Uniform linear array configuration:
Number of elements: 24
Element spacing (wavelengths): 0.5
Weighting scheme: binomial
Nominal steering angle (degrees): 15
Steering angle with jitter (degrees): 15.925
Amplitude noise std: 0.05
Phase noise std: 0.05

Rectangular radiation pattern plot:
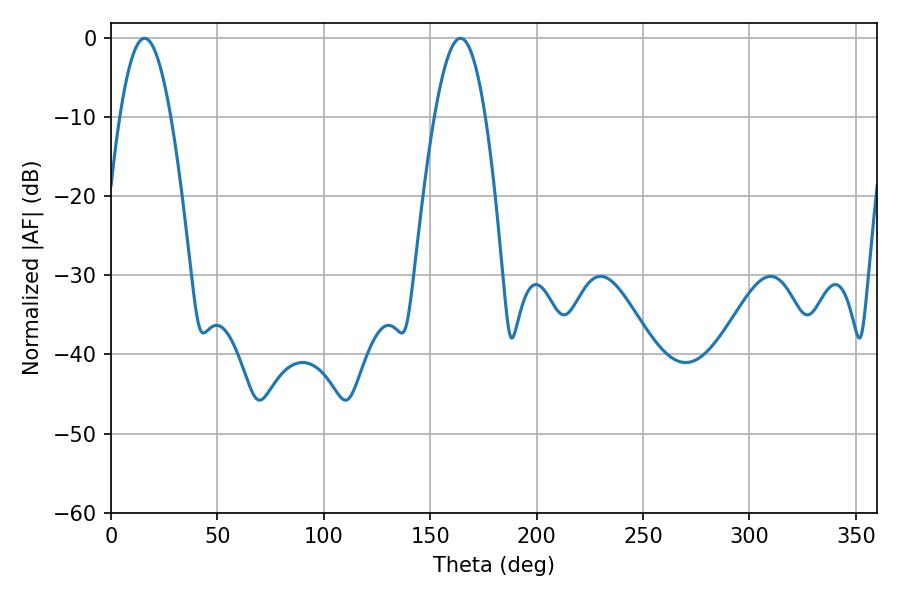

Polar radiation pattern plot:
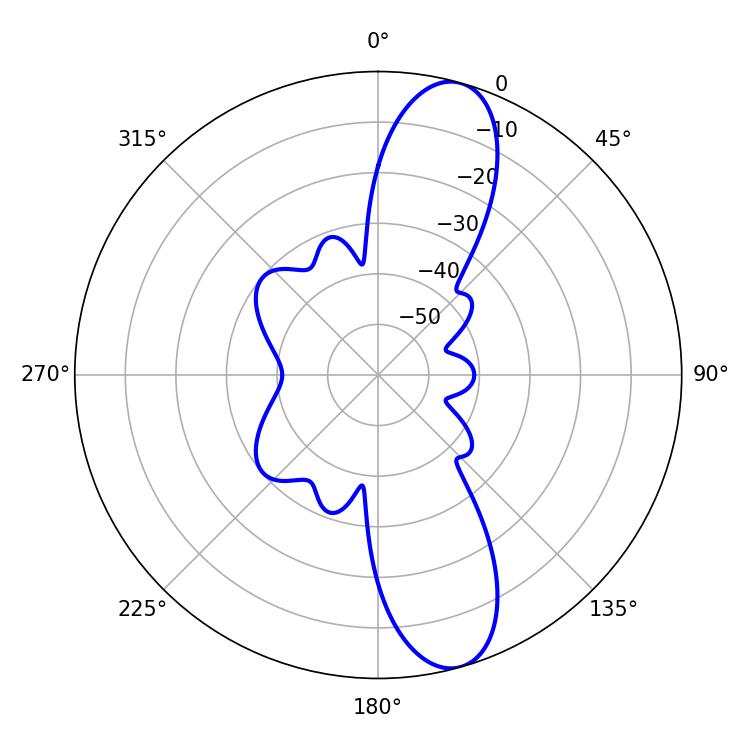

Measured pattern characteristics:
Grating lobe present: FALSE
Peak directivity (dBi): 11.75
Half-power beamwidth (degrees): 12.96
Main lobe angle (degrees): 15.84